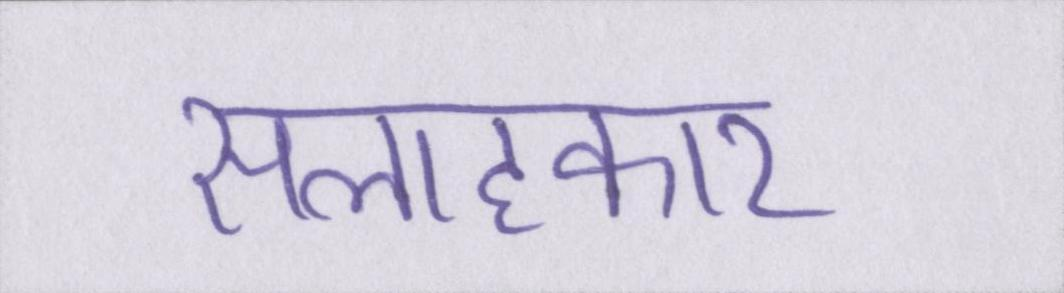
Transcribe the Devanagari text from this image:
सलाहकार